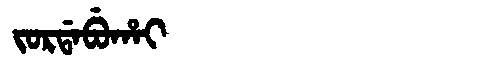
Manchu: ᠵᠣᡵᡩᠠᠪᡠᡥᠠᡳ
Romanization: JORDABUHAI